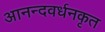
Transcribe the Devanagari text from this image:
आनन्दवर्धनकृत